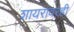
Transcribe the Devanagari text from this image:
शायरांवरही